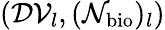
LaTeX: (\mathcal{DV}_{l},(\mathcal{N}_{\mathrm{bio}})_{l})